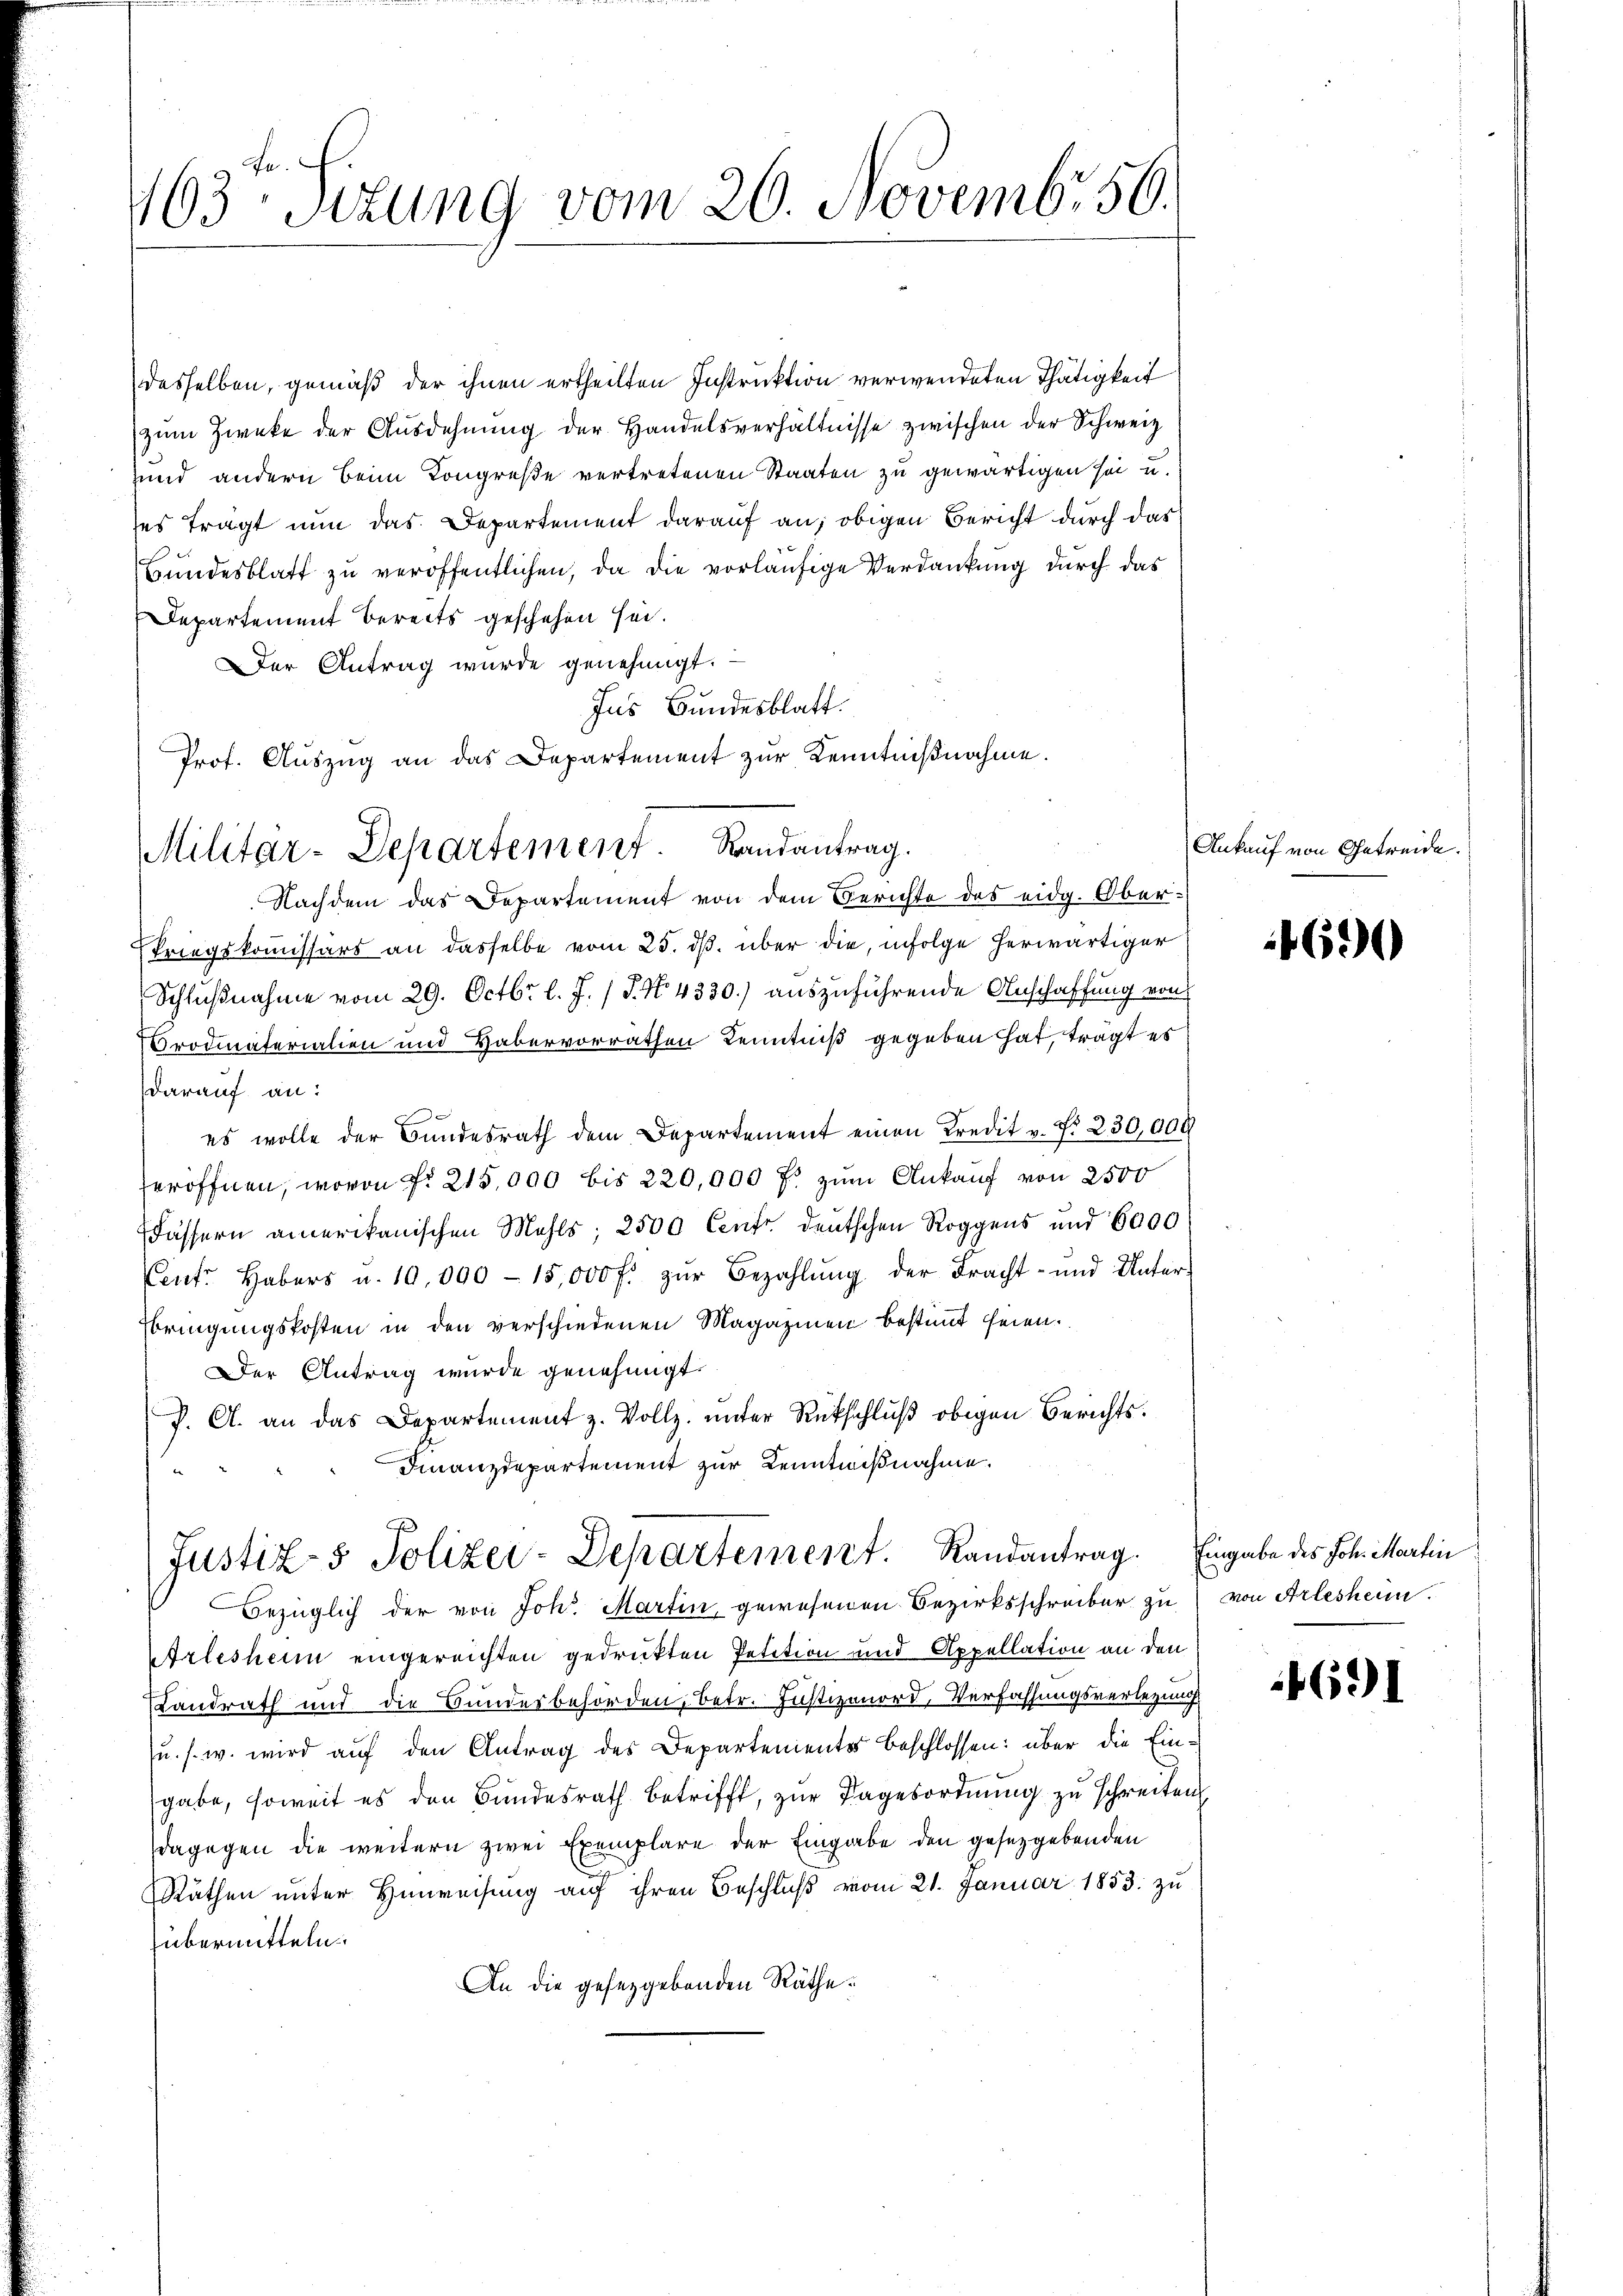
163ten Sizung vom 20. Novemb. 56.

desselben, gemäß der ihnen ertheilten Instruktion verwendeten Thätigkeit
zum Zwecke der Ausdehnung der Handelsverhältnisse zwischen der Schweiz
und andern beim Kongreße vertretenen Staaten zu gewärtigen sei u.
ses tragt nun das Departement darauf an, obigen Bericht durch das
Bundesblatt zu veröffentlichen, da die vorläufige Verdankung durch das
Departement bereits geschehen sei.
Der Antrag wurde genehmigt.
Ins Bundesblatt.
Prof. Auszug an das Departement zur Kenntnißnahme.
Nachdem das Departement von dem Berichte des eidg. Ober¬
Priegskommissärs an dasselbe vom 25. dβ. über die, infolge herwärtiger
Schlußnahme vom 29. Octbr. l. J. / P. No. 4330.) auszuführende Anschaffung von
Grodiaterialien und Habervorräthen Kenntniß gegeben hat, trägt es
darauf an:
es wolle der Bundesrath dem Departement einen Kredit v. Nr. 230,000
seröffnen, wovon No 215,000 bis 220,000 f. zum Ankauf von 2500
Fässern amerikanischen Mehls; 2500 Centr deutschen Roggens und 6000
Cent. Habers u. 10,000 - 15,000 f. zŭr Bezahlŭng der Fracht- und Unter-
Ebringungskosten in den verschiedenen Magazinen bestimmt seien.
Der Antrag wurde genehmigt.
P. A. an das Departement z. Vollz. ŭnter Rückschlŭβ obigen Berichts¬
Finanzdepartement zur Kenntnißnahme.
Justiz- & Polizei-Departement. Randantrag. Eingabe des Joh. Martin
Bezüglich der von Joh. Martin, gewesenen Bezirksschreiber zu von Arlesheim.
Arlesheim eingereichten gedruckten Petition und Appellation an den
Landrath und die Bundesbehörden, betr. Justizmnord. Verfassungsverletzung
u. s. w. wird auf den Antrag des Departementes beschlossen: über die Einsgabe, soweit es den Bundesrath betrifft, zur Tagesordnung zu schreiten
dagegen die weitern zwei Exemplare der Eingabe den gesetzgebenden
Räthen unter Hinweisung auf ihren Beschlŭβ vom 21. Januar 1853. zu
übermitteln.
An die gesetzgebenden Räthe:

Militar-Departement. Randantrag.

Ankauf von Getreide.

4690

4691